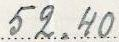
52.40